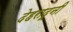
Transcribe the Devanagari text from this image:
देहरादूनी